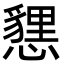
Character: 㦟